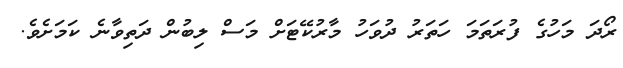
ރޯދަ މަހުގެ ފުރަތަމަ ހަތަރު ދުވަހު މާރުކޭޓަށް މަސް ލިބުން ދަތިވާނެ ކަަމަށެވެ.